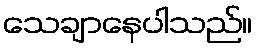
သေချာနေပါသည်။